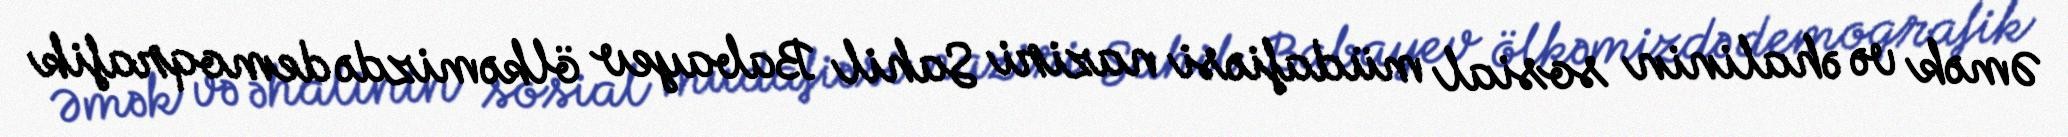
Əmək və əhalinin sosial müdafiəsi naziri Sahil Babayev ölkəmizdə demoqrafik